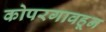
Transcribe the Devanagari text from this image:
कोपरगावहून